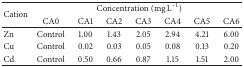
<table><thead><tr><td rowspan="2"><b>Cation</b></td><td colspan="7"><b>Concentration (mg L<sup>−1</sup>)</b></td></tr><tr><td><b>CA0</b></td><td><b>CA1</b></td><td><b>CA2</b></td><td><b>CA3</b></td><td><b>CA4</b></td><td><b>CA5</b></td><td><b>CA6</b></td></tr></thead><tbody><tr><td>Zn</td><td>Control </td><td>1.00 </td><td>1.43 </td><td>2.05 </td><td>2.94 </td><td>4.21 </td><td>6.00 </td></tr><tr><td>Cu</td><td>Control</td><td>0.02 </td><td>0.03 </td><td>0.05 </td><td>0.08 </td><td>0.13 </td><td>0.20 </td></tr><tr><td>Cd</td><td>Control</td><td>0.50 </td><td>0.66 </td><td>0.87 </td><td>1.15 </td><td>1.51 </td><td>2.00 </td></tr></tbody></table>